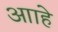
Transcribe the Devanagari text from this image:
आाहे